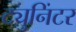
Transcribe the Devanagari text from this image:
ट्युनिंटर